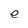
Character: e